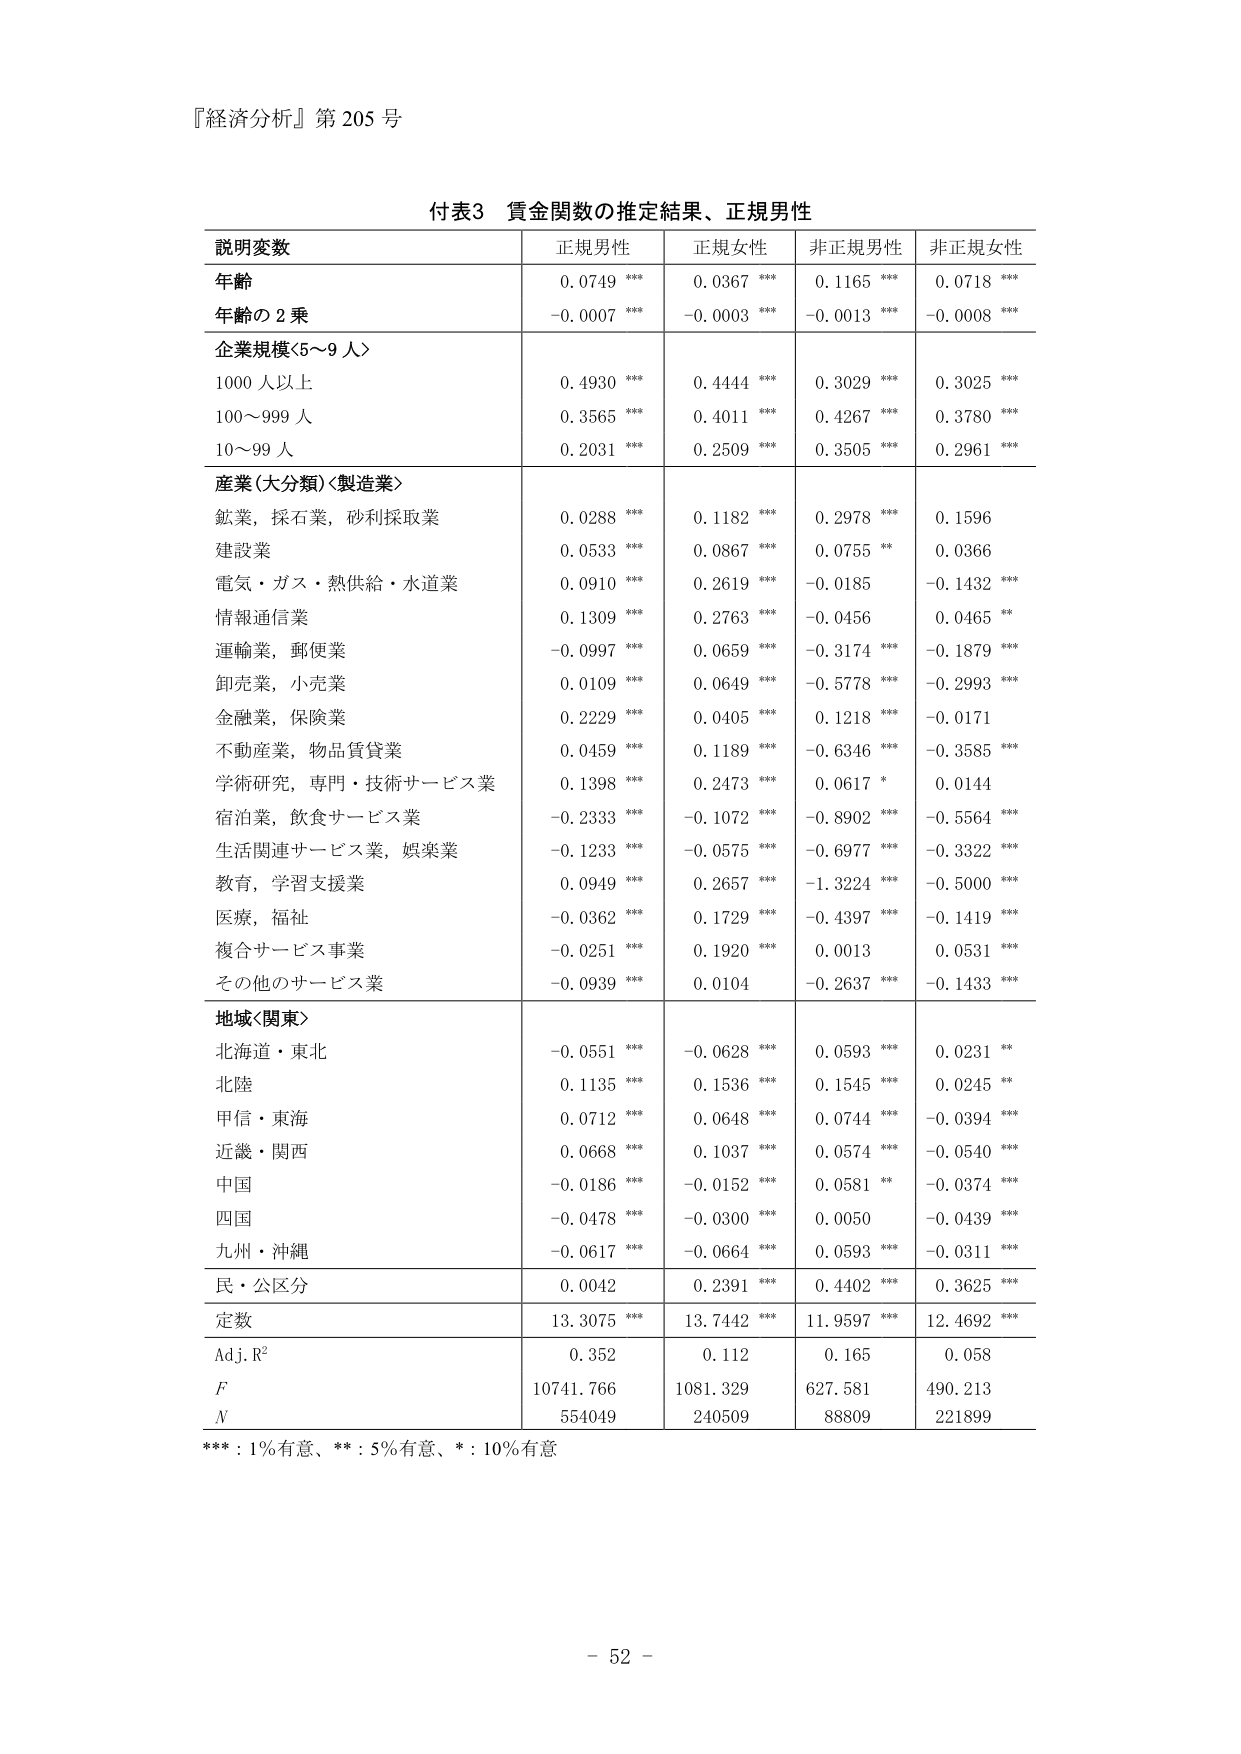
『経済分析』第 205 号

付表3 賃金関数の推定結果、正規男性

説明変数 正規男性 正規女性 非正規男性 非正規女性
年齢 0.0749 *** 0.0367 *** 0.1165 *** 0.0718 ***
年齢の 2 乗 -0.0007 *** -0.0003 *** -0.0013 *** -0.0008 ***
企業規模<5～9 人>
1000 人以上 0.4930 *** 0.4444 *** 0.3029 *** 0.3025 ***
100～999 人 0.3565 *** 0.4011 *** 0.4267 *** 0.3780 ***
10～99 人 0.2031 *** 0.2509 *** 0.3505 *** 0.2961 ***
産業(大分類)<製造業>
鉱業，採石業，砂利採取業 0.0288 *** 0.1182 *** 0.2978 *** 0.1596
建設業 0.0533 *** 0.0867 *** 0.0755 ** 0.0366
電気・ガス・熱供給・水道業 0.0910 *** 0.2619 *** -0.0185 -0.1432 ***
情報通信業 0.1309 *** 0.2763 *** -0.0456 0.0465 **
運輸業，郵便業 -0.0997 *** 0.0659 *** -0.3174 *** -0.1879 ***
卸売業，小売業 0.0109 *** 0.0649 *** -0.5778 *** -0.2993 ***
金融業，保険業 0.2229 *** 0.0405 *** 0.1218 *** -0.0171
不動産業，物品賃貸業 0.0459 *** 0.1189 *** -0.6346 *** -0.3585 ***
学術研究，専門・技術サービス業 0.1398 *** 0.2473 *** 0.0617 * 0.0144
宿泊業，飲食サービス業 -0.2333 *** -0.1072 *** -0.8902 *** -0.5564 ***
生活関連サービス業，娯楽業 -0.1233 *** -0.0575 *** -0.6977 *** -0.3322 ***
教育，学習支援業 0.0949 *** 0.2657 *** -1.3224 *** -0.5000 ***
医療，福祉 -0.0362 *** 0.1729 *** -0.4397 *** -0.1419 ***
複合サービス事業 -0.0251 *** 0.1920 *** 0.0013 0.0531 ***
その他のサービス業 -0.0939 *** 0.0104 -0.2637 *** -0.1433 ***
地域<関東>
北海道・東北 -0.0551 *** -0.0628 *** 0.0593 *** 0.0231 **
北陸 0.1135 *** 0.1536 *** 0.1545 *** 0.0245 **
甲信・東海 0.0712 *** 0.0648 *** 0.0744 *** -0.0394 ***
近畿・関西 0.0668 *** 0.1037 *** 0.0574 *** -0.0540 ***
中国 -0.0186 *** -0.0152 *** 0.0581 ** -0.0374 ***
四国 -0.0478 *** -0.0300 *** 0.0050 -0.0439 ***
九州・沖縄 -0.0617 *** -0.0664 *** 0.0593 *** -0.0311 ***
民・公区分 0.0042 0.2391 *** 0.4402 *** 0.3625 ***
定数 13.3075 *** 13.7442 *** 11.9597 *** 12.4692 ***
Adj.R² 0.352 0.112 0.165 0.058
F 10741.766 1081.329 627.581 490.213
N 554049 240509 88809 221899

***：1%有意、**：5%有意、*：10%有意

- 52 -